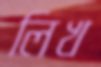
লিখ